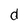
Character: d